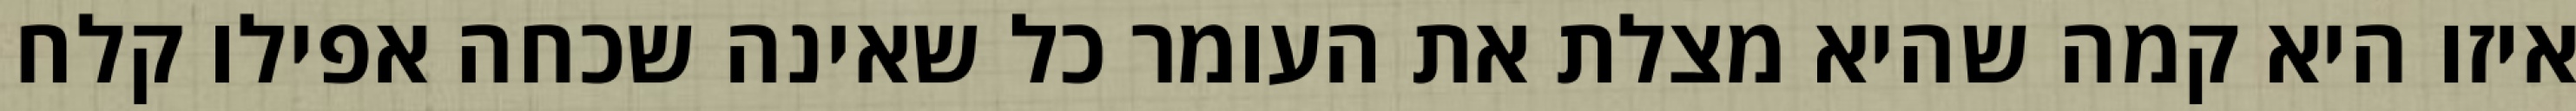
איזו היא קמה שהיא מצלת את העומר כל שאינה שכחה אפילו קלח